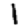
Digit: 1